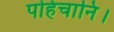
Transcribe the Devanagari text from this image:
पहिचानि।